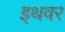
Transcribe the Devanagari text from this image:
इथवर